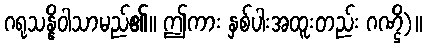
ဂရုသန္နိဝါသာမည်၏။ ဤကား နှစ်ပါးအထူးတည်း ဂဏ္ဌိ)။